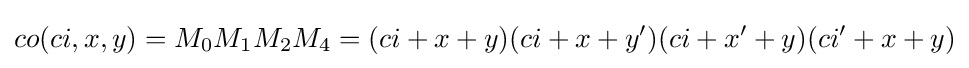
co(ci,x,y)=M_{0}M_{1}M_{2}M_{4}=(ci+x+y)(ci+x+y')(ci+x'+y)(ci'+x+y)